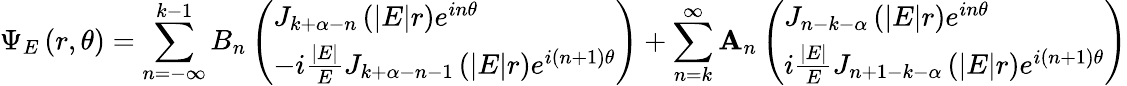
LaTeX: \Psi_{E}\left(r,\theta\right)=\sum_{n=-\infty}^{k-1}B_{n}\left(\begin{array}{l}{{J_{k+\alpha-n}\left(|E|r\right)e^{in\theta}}}\\ {{-i\frac{|E|}{E}J_{k+\alpha-n-1}\left(|E|r\right)e^{i\left(n+1\right)\theta}}}\end{array}\right)+\sum_{n=k}^{\infty}\mathbf{A}_{n}\left(\begin{array}{l}{{J_{n-k-\alpha}\left(|E|r\right)e^{in\theta}}}\\ {{i\frac{|E|}{E}J_{n+1-k-\alpha}\left(|E|r\right)e^{i\left(n+1\right)\theta}}}\end{array}\right)